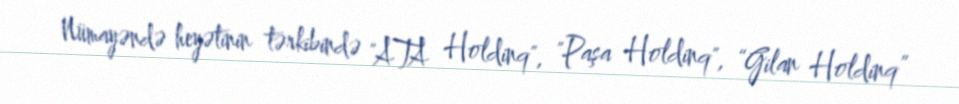
Nümayəndə heyətinin tərkibində "ATA Holdinq", "Paşa Holdinq", “Gilan Holdinq”